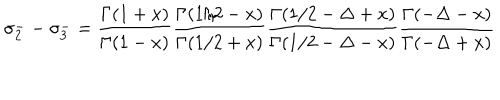
\sigma _ { 2 } ^ { -- } \sigma _ { 3 } ^ { - } = { \frac { \Gamma ( 1 + x ) } { \Gamma ( 1 - x ) } } { \frac { \Gamma ( 1 / 2 - x ) } { \Gamma ( 1 / 2 + x ) } } { \frac { \Gamma ( 1 / 2 - \Delta + x ) } { \Gamma ( 1 / 2 - \Delta - x ) } } { \frac { \Gamma ( - \Delta - x ) } { \Gamma ( - \Delta + x ) } }